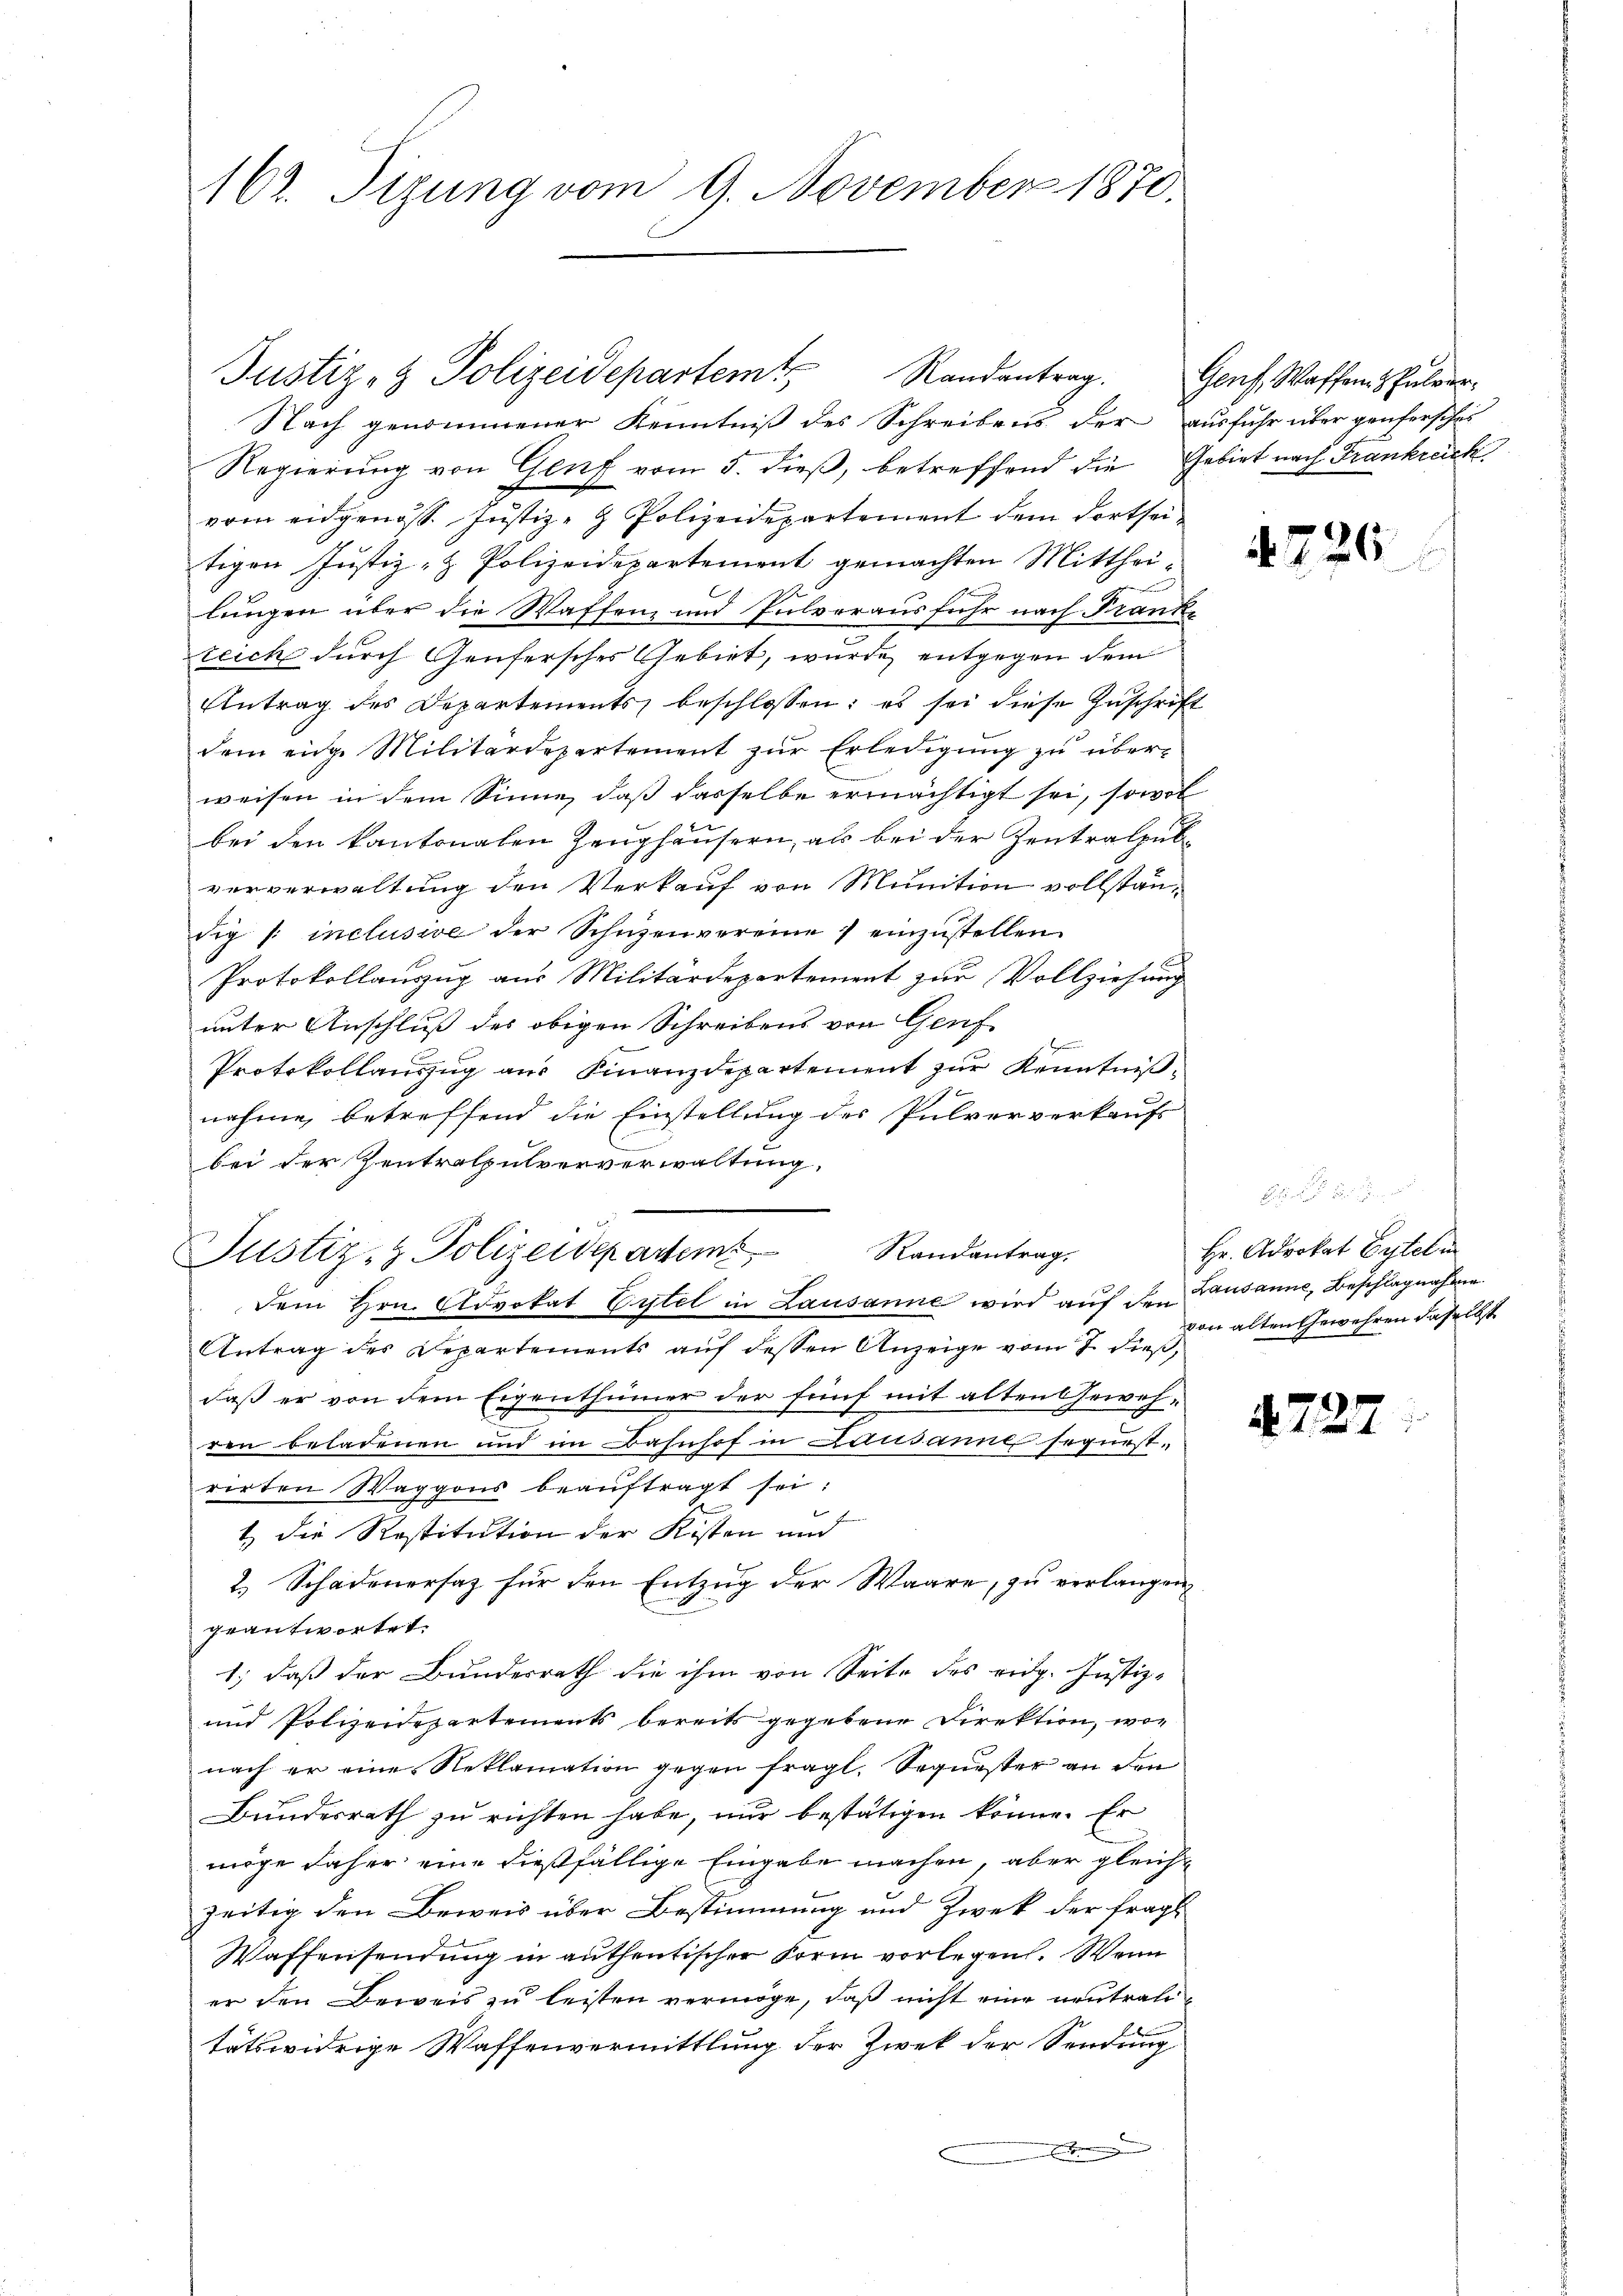
162. Tizung vom 9. November 1870.

Nach genommener Kenntniβ des Schreibens der ausfuhr über genfersches
Regierung von Genf vom 5. dieß, betreffend die Gebiet nach Frankreich
vom eidgenöss. Jŭstiz- & Polizeidepartement dem dortsei
tigen Justiz- & Polizeidepartement gemachten Mitthei-
lungen über die Waffen, und Pulvorausführ nach Franke
reich durch Genfersches Gebiet, wurde entgegen dem
Antrag des Departements beschlossen: es sei diese Zuschrift
dem eine Militärdepartement zur Erledigung zu überweisen in dem Sinne, daß dasselbe ermächtigt sei, sowol
bei den kantonalen Zeughäusern, als bei der Zentralpubververwaltung den Verkauf von Munition vollständig /: inclusive der Schüzenvereine 7 einzŭstellen.
Protokollauszug aus Militärdepartement zur Vollziehung
unter Anschluß des obigen Schreibens von Genf
Protokollauszug aus Finanzdepartement zur Kenntniß¬
2
nahme, betreffend die Einstellung des Pulververkaufs
bei der Zentralpulververwaltung.
Randantrag.
Justiz- & Polizeidepartem
dem Hrn. Advokat Eitel in Lausanne wird aŭf den Lausanne, Beschlagnahme
Antrag des Departements auf dessen Anzeige vom 7. dieß,
daß er von dem Eigenthümer der fünf mit alten Gewehren beladenen und im Bahnhof in Lausanne seguest-
rirten Waggons beauftragt sei:
t die Restitution der Kisten und
2.) Schadenersatz für den Entzug der Waare, zu verlangen
geantwortet.
1; daß der Bundesrath die ihm von Seite des eidg. Justiz-
und Polizeidepartements bereits gegebene Direktion, wie
nach er eine Reklamation gegen fragl. Sequester an den
Bundesrath zu richten habe, nur bestätigen könne. Er
möge daher eine dießfällige Eingabe machen, aber gleich
zeitig den Beweis über Bestimmung und Zweck der fragl.
Waffensendung in authentischer Form vorlegen. Wenn
er den Beweis zu leisten vermöge, daß nicht eine neutraltätswidrige Waffenvermittlung der Zwek der Sendung
n

Justiz- & Polizeidepartemt Randantrag.

Genf, Waffen & Pulver

4726.

Hr. Advokat Eytelm
von alten Gewehren daselbst

4727